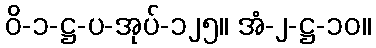
ဝိ-၁-ဋ္ဌ-ပ-အုပ်-၁၂၅။ အံ-၂-ဋ္ဌ-၁၀။